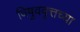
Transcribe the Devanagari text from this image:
विषुववृत्तच्या